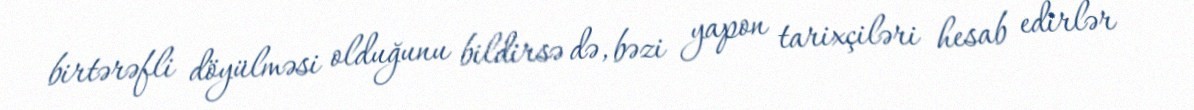
birtərəfli döyülməsi olduğunu bildirsə də, bəzi yapon tarixçiləri hesab edirlər